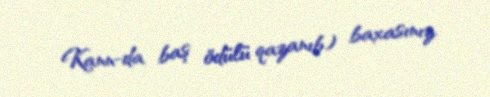
Kann-da baş ödülü qazanıb) baxasınız.